Indian journal of veterinary science and animal husbandry - Volume 2,
Year: 1932
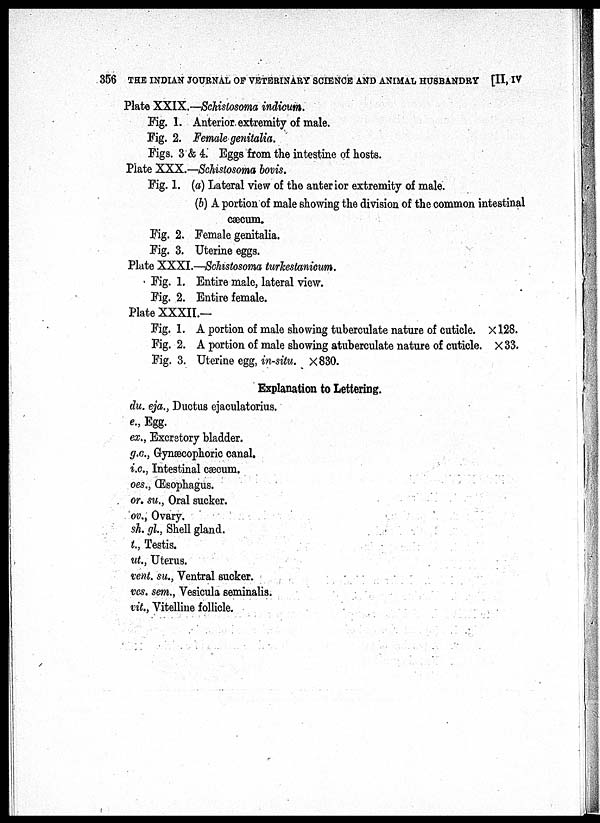
356 THE INDIAN JOURNAL OF VETERINARY SCIENCE AND ANIMAL HUSBANDRY [II, IV
Plate XXIX.—Schistosoma indicum.
Fig. 1. Anterior extremity of male.
Fig. 2. Female genitalia.
Figs. 3 & 4. Eggs from the intestine of hosts.
Plate XXX.—Schistosoma bovis.
Fig. 1. (a) Lateral view of the anterior extremity of male.
(b) A portion of male showing the division of the common intestinal
cæcum.
Fig. 2. Female genitalia.
Fig. 3. Uterine eggs.
Plate XXXI.—Schistosoma turkestanicum.
Fig. 1. Entire male, lateral view.
Fig. 2. Entire female.
Plate XXXII.—
Fig. 1. A portion of male showing tuberculate nature of cuticle. ×128.
Fig. 2. A portion of male showing atuberculate nature of cuticle. × 33.
Fig. 3. Uterine egg, in-situ. ×830.
Explanation to Lettering.
du. eja., Ductus ejaculatorius.
e., Egg.
ex., Excretory bladder.
g.c., Gynæcophoric canal.
i.c., Intestinal cæcum.
oes., Œsophagus.
or. su., Oral sucker.
ov., Ovary.
sh. gl., Shell gland.
t., Testis.
ut., Uterus.
vent, su., Ventral sucker.
vcs. sem., Vesicula seminalis.
vit., Vitelline follicle.